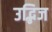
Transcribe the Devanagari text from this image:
उद्भिज